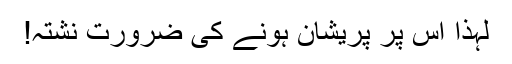
لہذا اس پر پریشان ہونے کی ضرورت نشتہ!